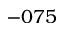
- 0 7 5